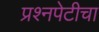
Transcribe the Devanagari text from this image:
प्रश्‍नपेटीचा